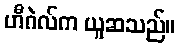
ဟီဂဲလ်က ယူဆသည်။